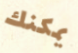
يمكنك